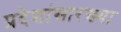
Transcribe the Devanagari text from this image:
प्रदेशांसारख्या